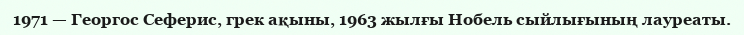
1971 — Георгос Сеферис, грек ақыны, 1963 жылғы Нобель сыйлығының лауреаты.